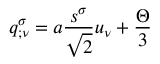
q _ { ; \nu } ^ { \sigma } = a \frac { s ^ { \sigma } } { \sqrt { 2 } } u _ { \nu } + \frac { \Theta } { 3 }